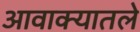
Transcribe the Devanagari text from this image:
आवाक्यातले